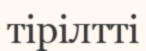
тірілтті